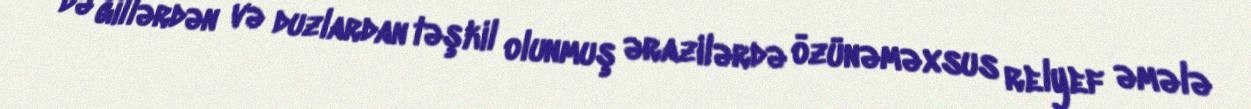
də gillərdən və duzlardan təşkil olunmuş ərazilərdə özünəməxsus relyef əmələ